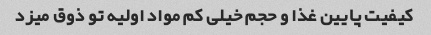
کیفیت پایین غذا و حجم خیلی کم مواد اولیه تو ذوق میزد